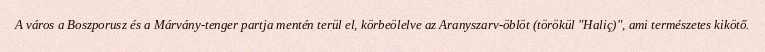
A város a Boszporusz és a Márvány-tenger partja mentén terül el, körbeölelve az Aranyszarv-öblöt (törökül "Haliç)", ami természetes kikötő.